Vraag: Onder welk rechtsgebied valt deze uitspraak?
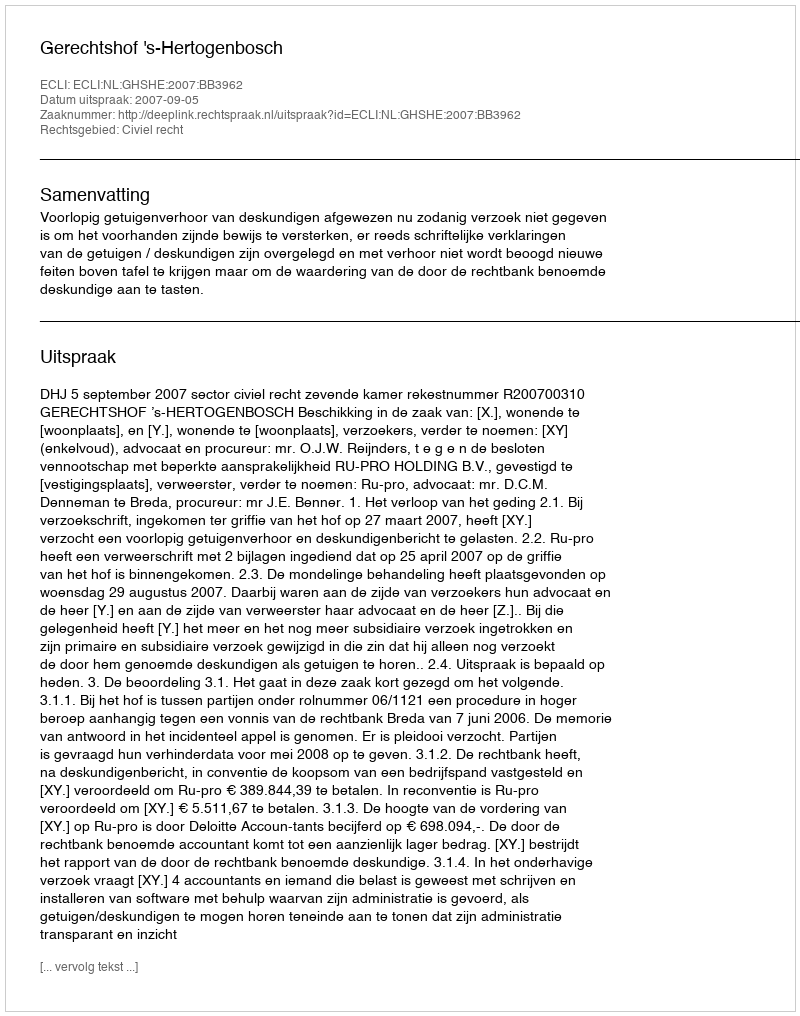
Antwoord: Civiel recht